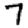
Digit: 7